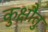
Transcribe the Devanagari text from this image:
कुक्षौतु